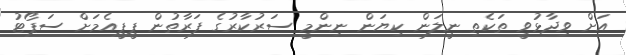
އަށް ވިދާޅުވީ ތަކެތި ނީލަން ކިޔަން ނިންމީ ސަރުކާރުގެ ފަރާތުން ޕީޕީއެމަށް ސަޕޯޓު